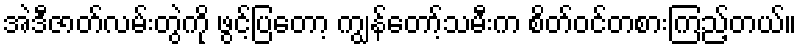
အဲဒီဇာတ်လမ်းတွဲကို ဖွင့်ပြတော့ ကျွန်တော့်သမီးက စိတ်ဝင်တစားကြည့်တယ်။